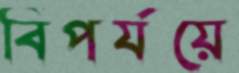
বিপর্যয়ে